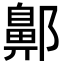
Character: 𨞳